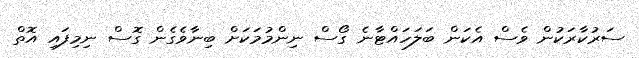
ސަރުކާރަކުން ވެސް އެކަން ބަލަހައްޓާނެ ގޯސް ނިންމުމަކަށް ބިނާވެގެން ގޮސް ނިމިފައި އޮތް